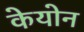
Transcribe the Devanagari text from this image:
केयोन